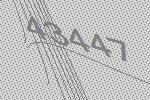
43447